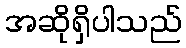
အဆိုရှိပါသည်